Report on horse surra - Volume I
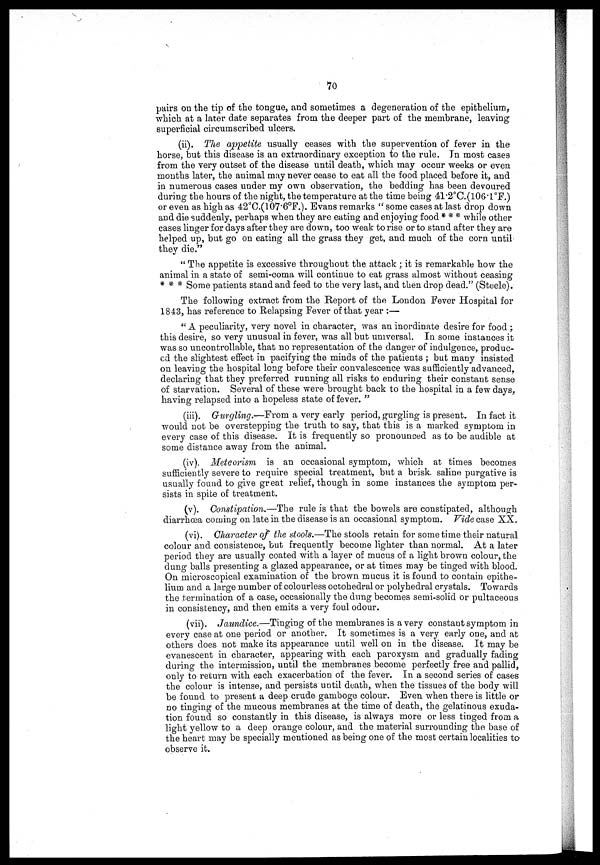
70
pairs on the tip of the tongue, and sometimes a degeneration of the epithelium,
which at a later date separates from the deeper part of the membrane, leaving
superficial circumscribed ulcers.
(ii). The appetite usually ceases with the supervention of fever in the
horse, but this disease is an extraordinary exception to the rule. In most cases
from the very outset of the disease until death, which may occur weeks or even
months later, the animal may never cease to eat all the food placed before it, and
in numerous cases under my own observation, the bedding has been devoured
during the hours of the night, the temperature at the time being 41.2°C.(106.1°F.)
or even as high as 42°C.(107.6°F.). Evans remarks " some cases at last drop down
and die suddenly, perhaps when they are eating and enjoying food * * * while other
cases linger for days after they are down, too weak to rise or to stand after they are
helped up, but go on eating all the grass they get, and much of the corn until
they die."
" The appetite is excessive throughout the attack ; it is remarkable how the
animal in a state of semi-coma will continue to eat grass almost without ceasing
* * * Some patients stand and feed to the very last, and then drop dead." (Steele).
The following extract from the Report of the London Fever Hospital for
1843, has reference to Relapsing Fever of that year :—
" A peculiarity, very novel in character, was an inordinate desire for food ;
this desire, so very unusual in fever, was all but universal. In some instances it
was so uncontrollable, that no representation of the danger of indulgence, produc-
ed the slightest effect in pacifying the minds of the patients ; but many insisted
on leaving the hospital long before their convalescence was sufficiently advanced,
declaring that they preferred running all risks to enduring their constant sense
of starvation. Several of these were brought back to the hospital in a few days,
having relapsed into a hopeless state of fever. "
(iii). Gurgling.—From a very early period, gurgling is present. In fact it
would not be overstepping the truth to say, that this is a marked symptom in
every case of this disease. It is frequently so pronounced as to be audible at
some distance away from the animal.
(iv). Meteorism is an occasional symptom, which at times becomes
sufficiently severe to require special treatment, but a brisk saline purgative is
usually found to give great relief, though in some instances the symptom per-
sists in spite of treatment.
(v). Constipation.—The rule is that the bowels are constipated, although
diarrhoea coming on late in the disease is an occasional symptom. Vide case XX.
(vi). Character of the stools.—The stools retain for some time their natural
colour and consistence, but frequently become lighter than normal. At a later
period they are usually coated with a layer of mucus of a light brown colour, the
dung balls presenting a glazed appearance, or at times may be tinged with blood.
On microscopical examination of the brown mucus it is found to contain epithe-
lium and a large number of colourless octohedral or polyhedral crystals. Towards
the termination of a case, occasionally the dung becomes semi-solid or pultaceous
in consistency, and then emits a very foul odour.
(vii). Jaundice.—Tinging of the membranes is a very constant symptom in
every case at one period or another. It sometimes is a very early one, and at
others does not make its appearance until well on in the disease. It may be
evanescent in character, appearing with each paroxysm and gradually fading
during the intermission, until the membranes become perfectly free and pallid,
only to return with each exacerbation of the fever. In a second series of cases
the colour is intense, and persists until death, when the tissues of the body will
be found to present a deep crude gamboge colour. Even when there is little or
no tinging of the mucous membranes at the time of death, the gelatinous exuda-
tion found so constantly in this disease, is always more or less tinged from a
light yellow to a deep orange colour, and the material surrounding the base of
the heart may be specially mentioned as being one of the most certain localities to:
observe it.